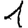
Digit: 1